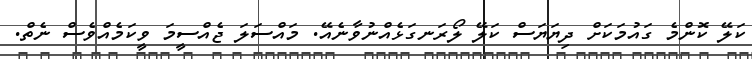
ކަލޭ ކޮންމެ ގައުމަކަށް ދިޔަޔަސް ކަލޭ ލޯރަނގަޅެއްނުވާނެއޭ. މައްސަލަ ޖެއްސީމަ ވީކަމެއްވެސް ނެތް.